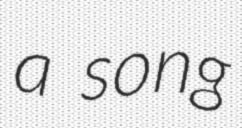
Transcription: a song